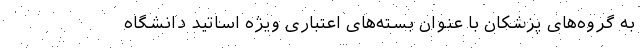
به گروه‌های پزشکان با عنوان بسته‌های اعتباری ویژه اساتید دانشگاه